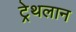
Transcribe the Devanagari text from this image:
ट्रेथलान